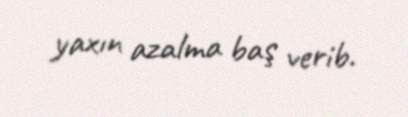
yaxın azalma baş verib.